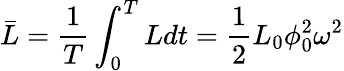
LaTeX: \bar{L}=\frac{1}{T}\int_{0}^{T}Ldt=\frac{1}{2}L_{0}\phi_{0}^{2}\omega^{2}